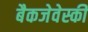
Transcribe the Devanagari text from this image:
बैकजेवेस्की